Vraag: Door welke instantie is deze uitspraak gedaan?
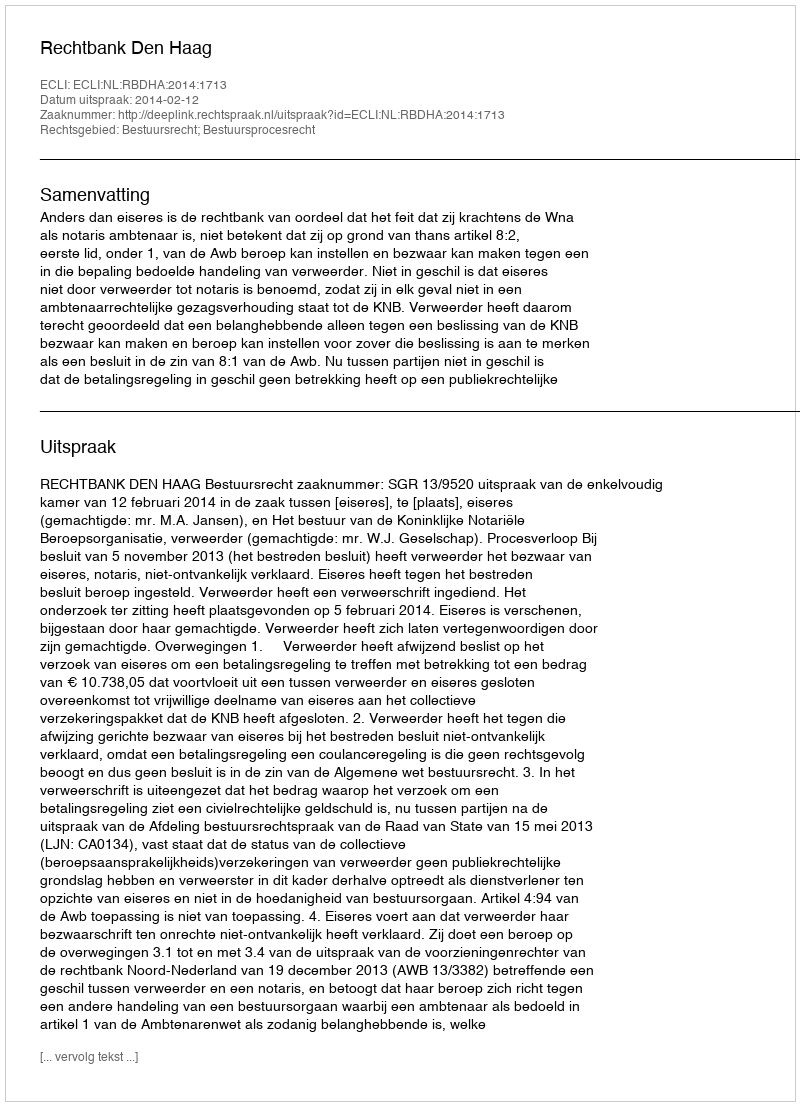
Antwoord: Rechtbank Den Haag